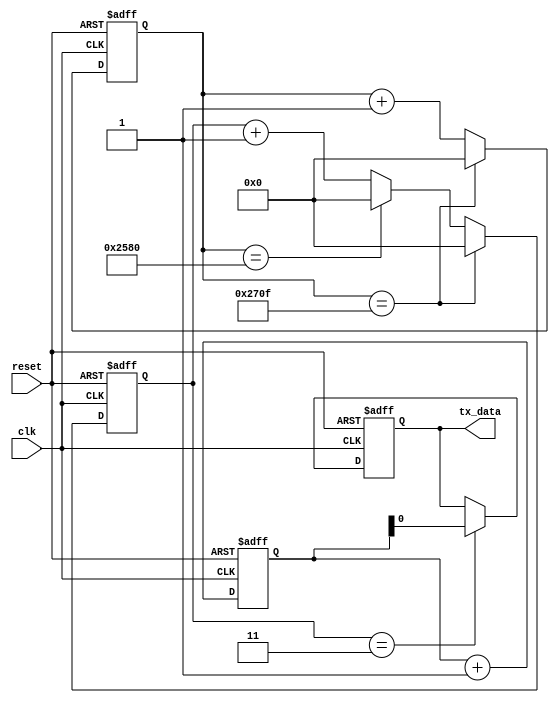
module uart_transmitter(
    input wire clk,
    input wire reset,
    output reg tx_data
);

// Clock generator block
reg [15:0] count;
always @(posedge clk or posedge reset) begin
    if(reset)
        count <= 16'd0;
    else if(count == 16'd9999)
        count <= 16'd0;
    else
        count <= count + 1;
end

// Baud rate generator block
reg [15:0] baud_count;
parameter BAUD_RATE = 9600; // Desired baud rate
always @(posedge clk or posedge reset) begin
    if(reset)
        baud_count <= 16'd0;
    else if(count == 16'd9999)
        baud_count <= 16'd0;
    else if(count == BAUD_RATE)
        baud_count <= 16'd0;
    else
        baud_count <= baud_count + 1;
end

// Data buffer block
reg [7:0] data_to_send;
always @(posedge clk or posedge reset) begin
    if(reset)
        data_to_send <= 8'b0;
    else
        data_to_send <= data_to_send + 1;
end

// Control logic block
always @(posedge clk or posedge reset) begin
    if(reset)
        tx_data <= 1'b0;
    else if(baud_count == 8'd3) // Synchronize data transmission with baud rate clock
        tx_data <= data_to_send[0];
end

endmodule